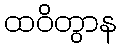
ထဝိတွာန